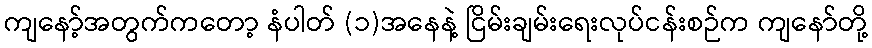
ကျနော့်အတွက်ကတော့ နံပါတ် (၁)အနေနဲ့ ငြိမ်းချမ်းရေးလုပ်ငန်းစဉ်က ကျနော်တို့